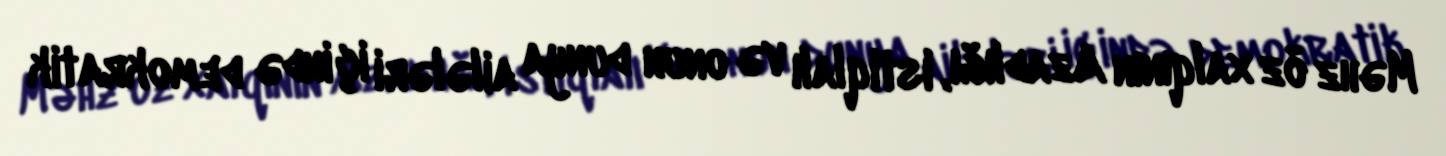
Məhz öz xalqının Azadlığı, istiqlalı və onun dunya ailələri içində demokratik